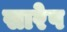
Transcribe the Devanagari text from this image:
सारेप